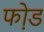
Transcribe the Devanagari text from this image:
फो़ड